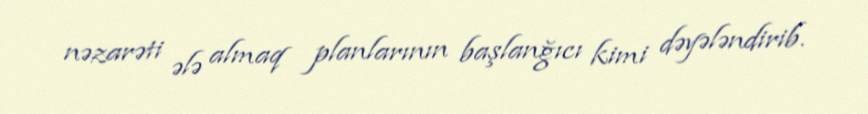
nəzarəti ələ almaq planlarının başlanğıcı kimi dəyələndirib.